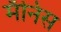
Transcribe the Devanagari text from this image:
मॅनिस